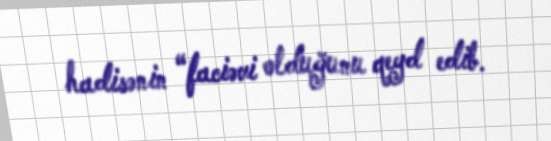
hadisənin “faciəvi olduğunu qeyd edib.